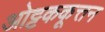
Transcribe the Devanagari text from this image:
ओट्टककूत्तन